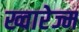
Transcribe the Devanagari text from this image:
ख्वारेज्म